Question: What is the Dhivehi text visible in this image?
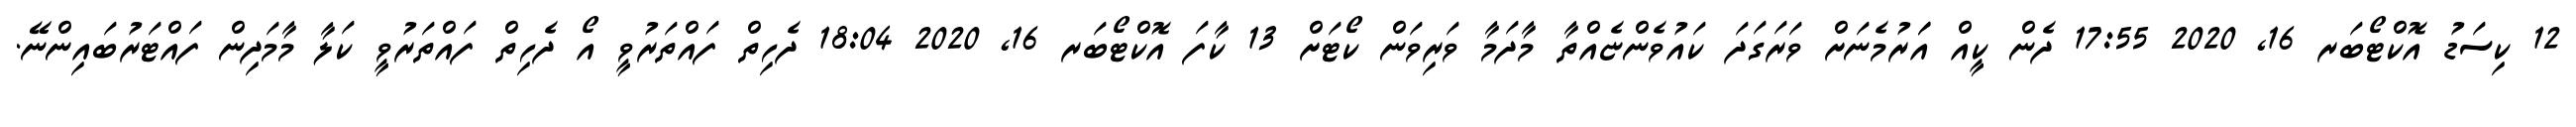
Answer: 12 ކިސަޑު އޮކްޓޯބަރ 16, 2020 17:55 ދެން ކީއް އަަރުމެނަށް ވަރަގަދަ ކައުވެންޏެއްތާ މާދަމާ ވަރިވަން ކޯޓަށް 13 ކާފަ އޮކްޓޯބަރ 16, 2020 18:04 ދެހިތް ފައްތަރުވީ އޯ ދެހިތް ފައްތަރުވީ ކަލާ މާމަދިން ފައްޓަރުބައިންނޭ.